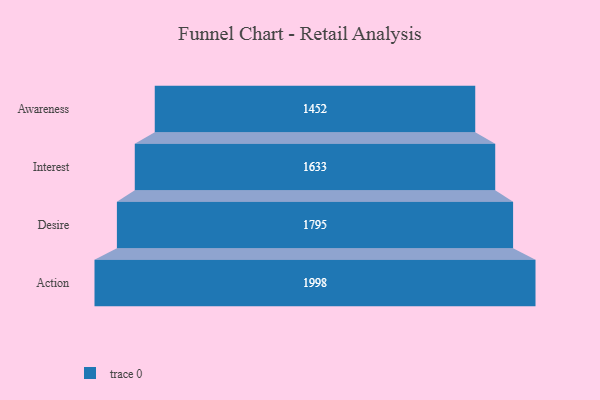
{"axis": {"x": "Stage", "y": "Value"}, "legend": [""], "data": [{"x": "Awareness", "y": 1452.0, "type": ""}, {"x": "Interest", "y": 1633.0, "type": ""}, {"x": "Desire", "y": 1795.0, "type": ""}, {"x": "Action", "y": 1998.0, "type": ""}]}